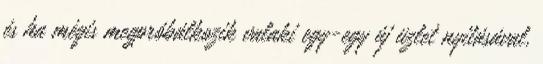
és ha mégis megpróbálkozik valaki egy-egy új üzlet nyitásával,